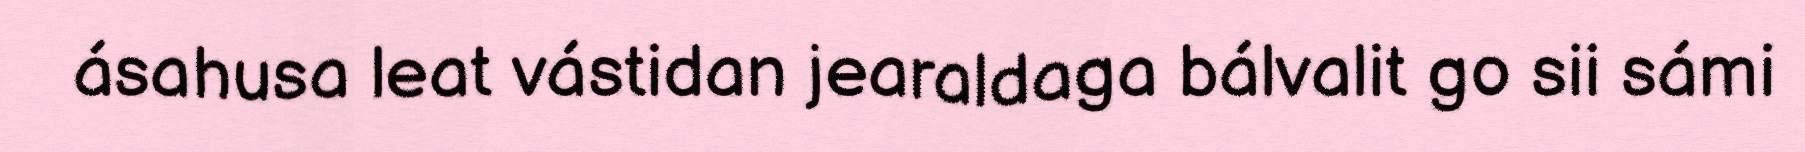
ásahusa leat vástidan jearaldaga bálvalit go sii sámi